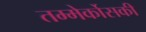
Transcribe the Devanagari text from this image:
तम्मेर्कोसकी